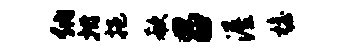
纳拊挹欷吕渥檐